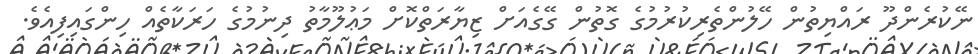
ނޭކުރެންދޫ ރައްޔިތުން ހޭލުންތެރިކުރުމުގެ ގޮތުން ގޭގެއަށް ޒިޔާރަތްކޮށް މަޢުލޫމާތު ދިނުމުގެ ހަރަކާތެއް ހިންގައިފިއެވެ.